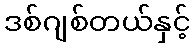
ဒစ်ဂျစ်တယ်နှင့်